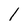
Character: 1